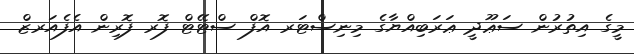
މީގެ އިތުރުން ސަޢޫދީ ޢަރަބިއްޔާގެ މިނިސްޓަރ އޮފް ސްޓޭޓް ފޮރ ފޮރިން އެފެއަރޒް